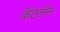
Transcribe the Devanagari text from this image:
कॅटेलॅन